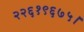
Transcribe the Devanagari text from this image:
२२६१९६७५।